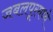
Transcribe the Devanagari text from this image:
जबलपूरमध्ये